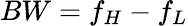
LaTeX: BW=f_{H}-f_{L}